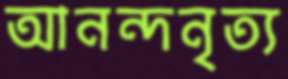
আনন্দনৃত্য